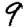
Digit: 9